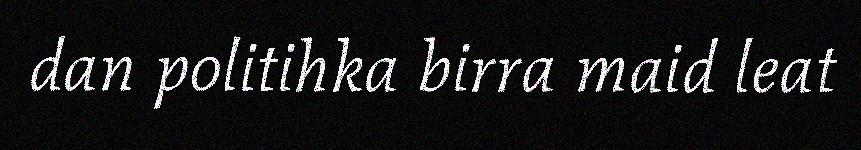
dan politihka birra maid leat